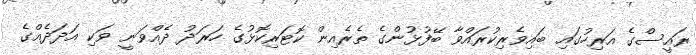
ރައީސްގެ އަރިހުގައި ބައިވެރިކުރައްވާ ބޭފުޅުންގެ ތެރެއިން ކޮޓަރިކޮޅުގެ ހަރަދު ދެއްވަނީ ވަކި އަދަދެއްގެ